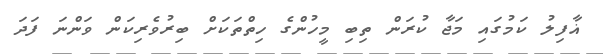
ޣާފިލު ކަމުގައި މަޖާ ކުރަން ތިބި މީހުންގެ ހިތްތަކަށް ބިރުވެރިކަން ވަންނަ ފަދަ